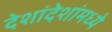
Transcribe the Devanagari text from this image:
देशांदेशांमध्ये